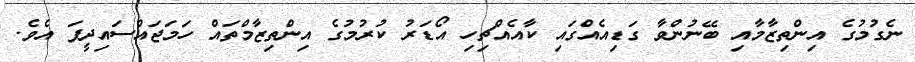
ނެގުމުގެ އިންތިޒާމާއި ބޭނުންވާ ގަޑިއެއްގައި ކާއެއްޗިހި އޯޑަރު ކުރުމުގެ އިންތިޒާމްތައް ހަމަޖައްސައިދީފަ އެވެ.